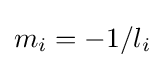
m_{i}=-1/l_{i}